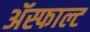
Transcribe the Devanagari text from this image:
ॲस्फाल्ट